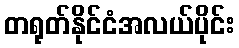
တရုတ်နိုင်ငံအလယ်ပိုင်း